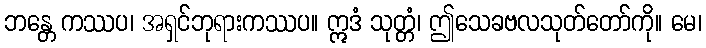
ဘန္တေ ကဿပ၊ အရှင်ဘုရားကဿပ။ ဣဒံ သုတ္တံ၊ ဤသေခဗလသုတ်တော်ကို။ မေ၊